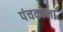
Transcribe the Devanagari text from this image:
पंचकोना